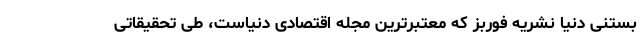
بستنی دنیا نشریه فوربز که معتبرترین مجله اقتصادی دنیاست، طی تحقیقاتی